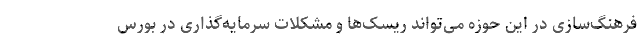
فرهنگ‌سازی در این حوزه می‌تواند ریسک‌ها و مشکلات سرمایه‌گذاری در بورس